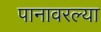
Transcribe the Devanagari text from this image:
पानावरल्या